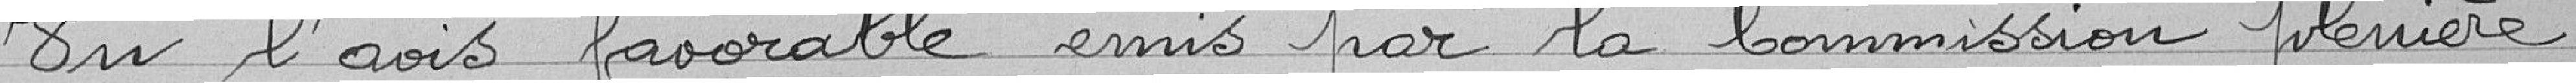
Vu l'avis favorable émis par la Commission plénière